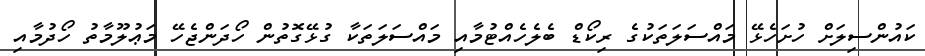
ކައުންސިލަށް ހުށަހެޅޭ މައްސަލަތަކުގެ ރިކޯޑް ބެލެހެއްޓުމާއި މައްސަލަތަކާ ގުޅޭގޮތުން ހޯދަންޖެހޭ މަޢުލޫމާތު ހޯދުމާއި